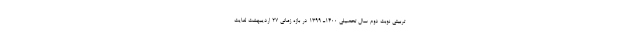
تربیتی نوبت دوم سال تحصیلی ۱۴۰۰ـ ۱۳۹۹ در بازه زمانی ۲۷ اردیبهشت لغایت